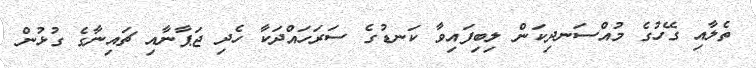
ތެލާއި ގޭހުގެ މުއްސަނދިކަން ލިބިފައިވާ ކަނޑުގެ ސަރަހައްދަކާ ހެދި ޖަޕާނާއި ޗައިނާގެ ގުޅުން